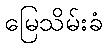
မြေသိမ်းခံ